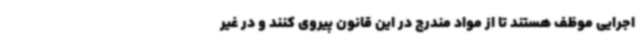
اجرایی موظف هستند تا از مواد مندرج در این قانون پیروی کنند و در غیر